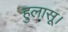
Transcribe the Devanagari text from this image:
हुलासू।